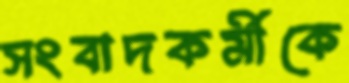
সংবাদকর্মীকে